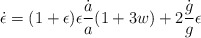
\begin{align*}\dot\epsilon=(1+\epsilon)\epsilon {\dot a\over a} {\left(1+3w\right)}+2{\dot g\over g}\epsilon\end{align*}